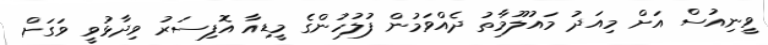
ވީނިއުސް އަށް މިއަދު މައުލޫމާތު ދެއްވަމުން ފުލުހުންގެ މީޑިއާ އޮފިސަރު ވިދާޅުވީ ވަގަށް